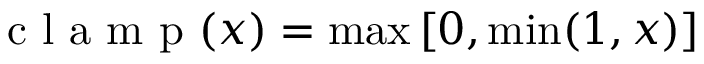
\mathrm { ~ c ~ l ~ a ~ m ~ p ~ } ( x ) = \operatorname* { m a x } \left[ 0 , \operatorname* { m i n } ( 1 , x ) \right]